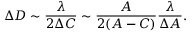
\Delta D \sim \frac { \lambda } { 2 \Delta C } \sim \frac { A } { 2 ( A - C ) } \frac { \lambda } { \Delta A } .